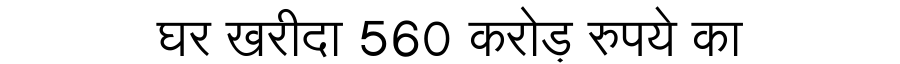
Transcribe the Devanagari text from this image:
घर खरीदा 560 करोड़ रुपये का